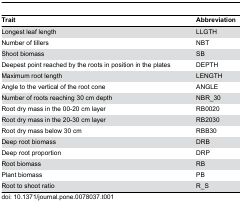
| Trait | Abbreviation |
 | --- | --- |
 | Longest leaf length | LLGTH |
 | Number of tillers | NBT |
 | Shoot biomass | SB |
 | Deepest point reached by the roots in position in the plates | DEPTH |
 | Maximum root length | LENGTH |
 | Angle to the vertical of the root cone | ANGLE |
 | Number of roots reaching 30 cm depth | NBR_30 |
 | Root dry mass in the 00-20 cm layer | RB0020 |
 | Root dry mass in the 20-30 cm layer | RB2030 |
 | Root dry mass below 30 cm | RBB30 |
 | Deep root biomass | DRB |
 | Deep root proportion | DRP |
 | Root biomass | RB |
 | Plant biomass | PB |
 | Root to shoot ratio | R_S |